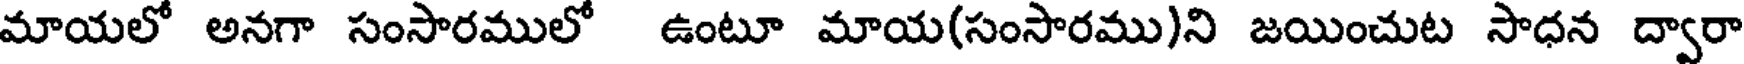
మాయలో అనగా సంసారములో ఉంటూ మాయ(సంసారము)ని జయించుట సాధన ద్వారా